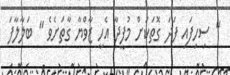
" ސިހިފައި ފަދަ ގޮތަކަށް މުފީދާ އެހީ ޒާވްޔާ ގާތަށެވެ " ބަލާލާފަ